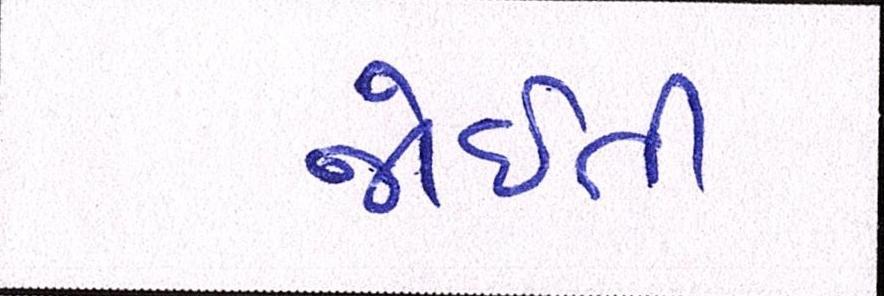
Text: જોઈતી